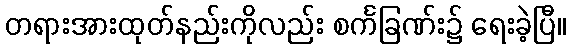
တရားအားထုတ်နည်းကိုလည်း စင်္ကခြဏ်း၌ ရေးခဲ့ပြီ။